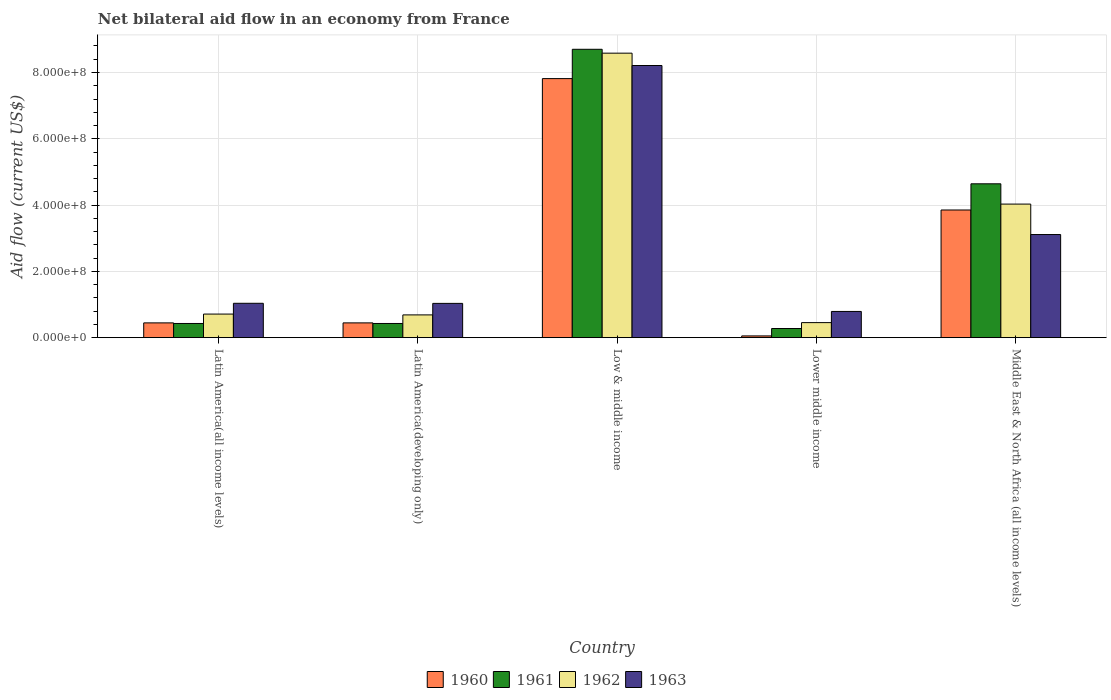
| Country | 1960 | 1961 | 1962 | 1963 |
 | --- | --- | --- | --- | --- |
 | Latin America(all income levels) | 4.46e+07 | 4.28e+07 | 7.12e+07 | 1.04e+08 |
 | Latin America(developing only) | 4.46e+07 | 4.28e+07 | 6.87e+07 | 1.03e+08 |
 | Low & middle income | 7.82e+08 | 8.7e+08 | 8.58e+08 | 8.21e+08 |
 | Lower middle income | 5.3e+06 | 2.76e+07 | 4.54e+07 | 7.91e+07 |
 | Middle East & North Africa (all income levels) | 3.85e+08 | 4.64e+08 | 4.03e+08 | 3.11e+08 |